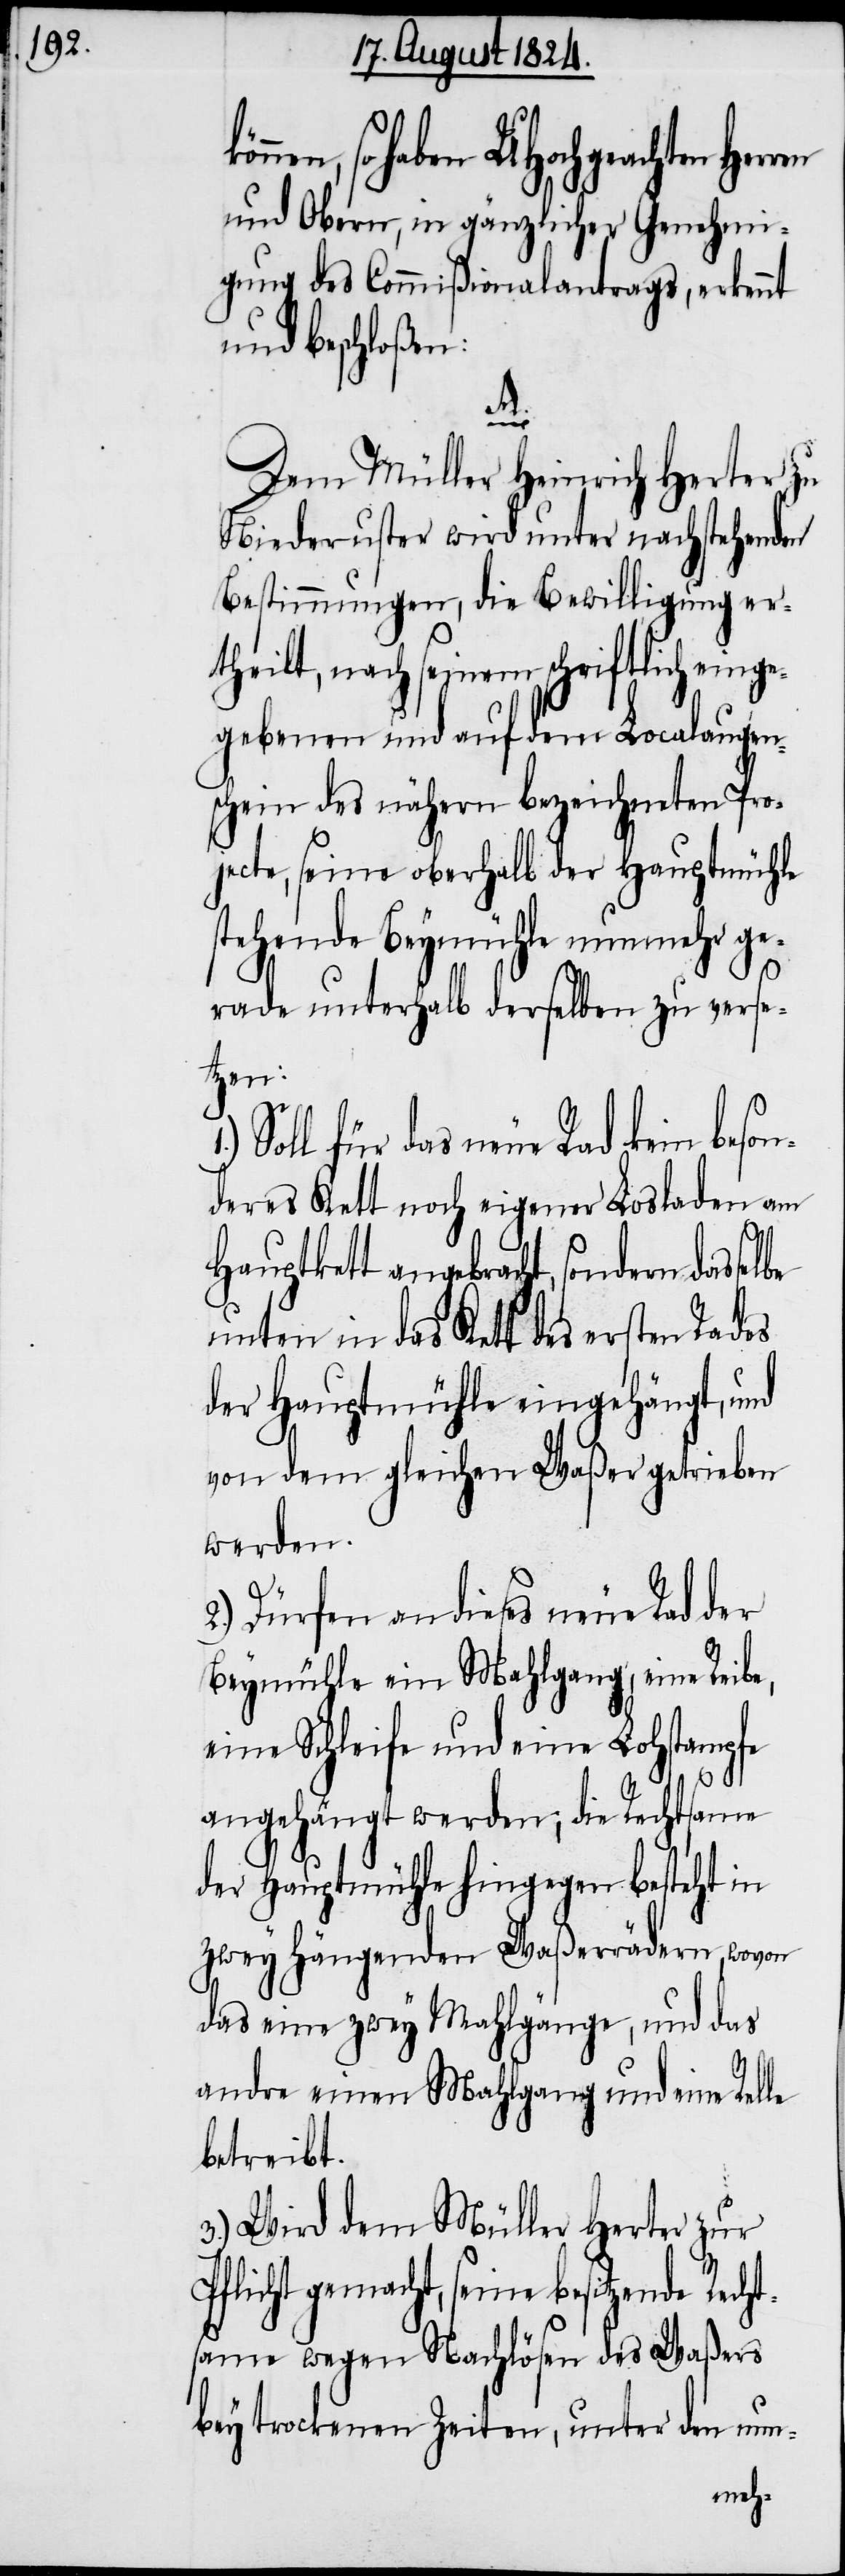
en, so haben UHochgeachten Her¬
und Obern, in gänzlicher Genehmi¬
gung des Commißionalantrags, erkennt
und beschloßen:
be
Dem Müller Heinrich Herter zu
Niederuster wird unter nachstehenden
Bestimmungen, die Bewilligung er¬
theilt, nach seinem schriftlich einge¬
gebenen und auf dem Localaugen¬
schein des nähern bezeichneten Pro¬
jecte, seine oberhalb der Hauptmühle
stehende Beymühle nunmehr ge¬
rade unterhalb derselben zu verse¬
tzen:
Soll für das neue Rad kein beson¬
deres Kett noch eigener Losladen am
Hauptkett angebracht, sondern dassel¬
unten in das Kett des ersten Rades
der Hauptmühle eingehängt, und
von dem gleichen Waßer getrieben
werden.
2.) Dürfen an dieses neue Rad der
Beymühle ein Mehlgang, eine Reibe,
eine Schleife und eine Lohstampfe
angehängt werden; die Rechtsame
der Hauptmühle hingegen besteht in
zwey hängenden Waßerrädern, wovon
das eine zwey Mahlgänge, und das
andre einen Mehlgang und eine Relle
betreibt.
3.) Wird dem Müller Herter zur
Pflicht gemacht, seine besitzende Recht¬
same wegen Nachlösen des Waßers
bey trockenen Zeiten, unter den nun-